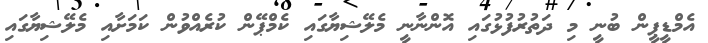
އެމްޑީޕީން ބުނީ މި ދަތުރުފުޅުގައި އޮންނާނީ މެލޭޝިޔާގައި ކެމްޕޭން ކުރެއްވުން ކަމަށާއި މެލޭޝިޔާގައި